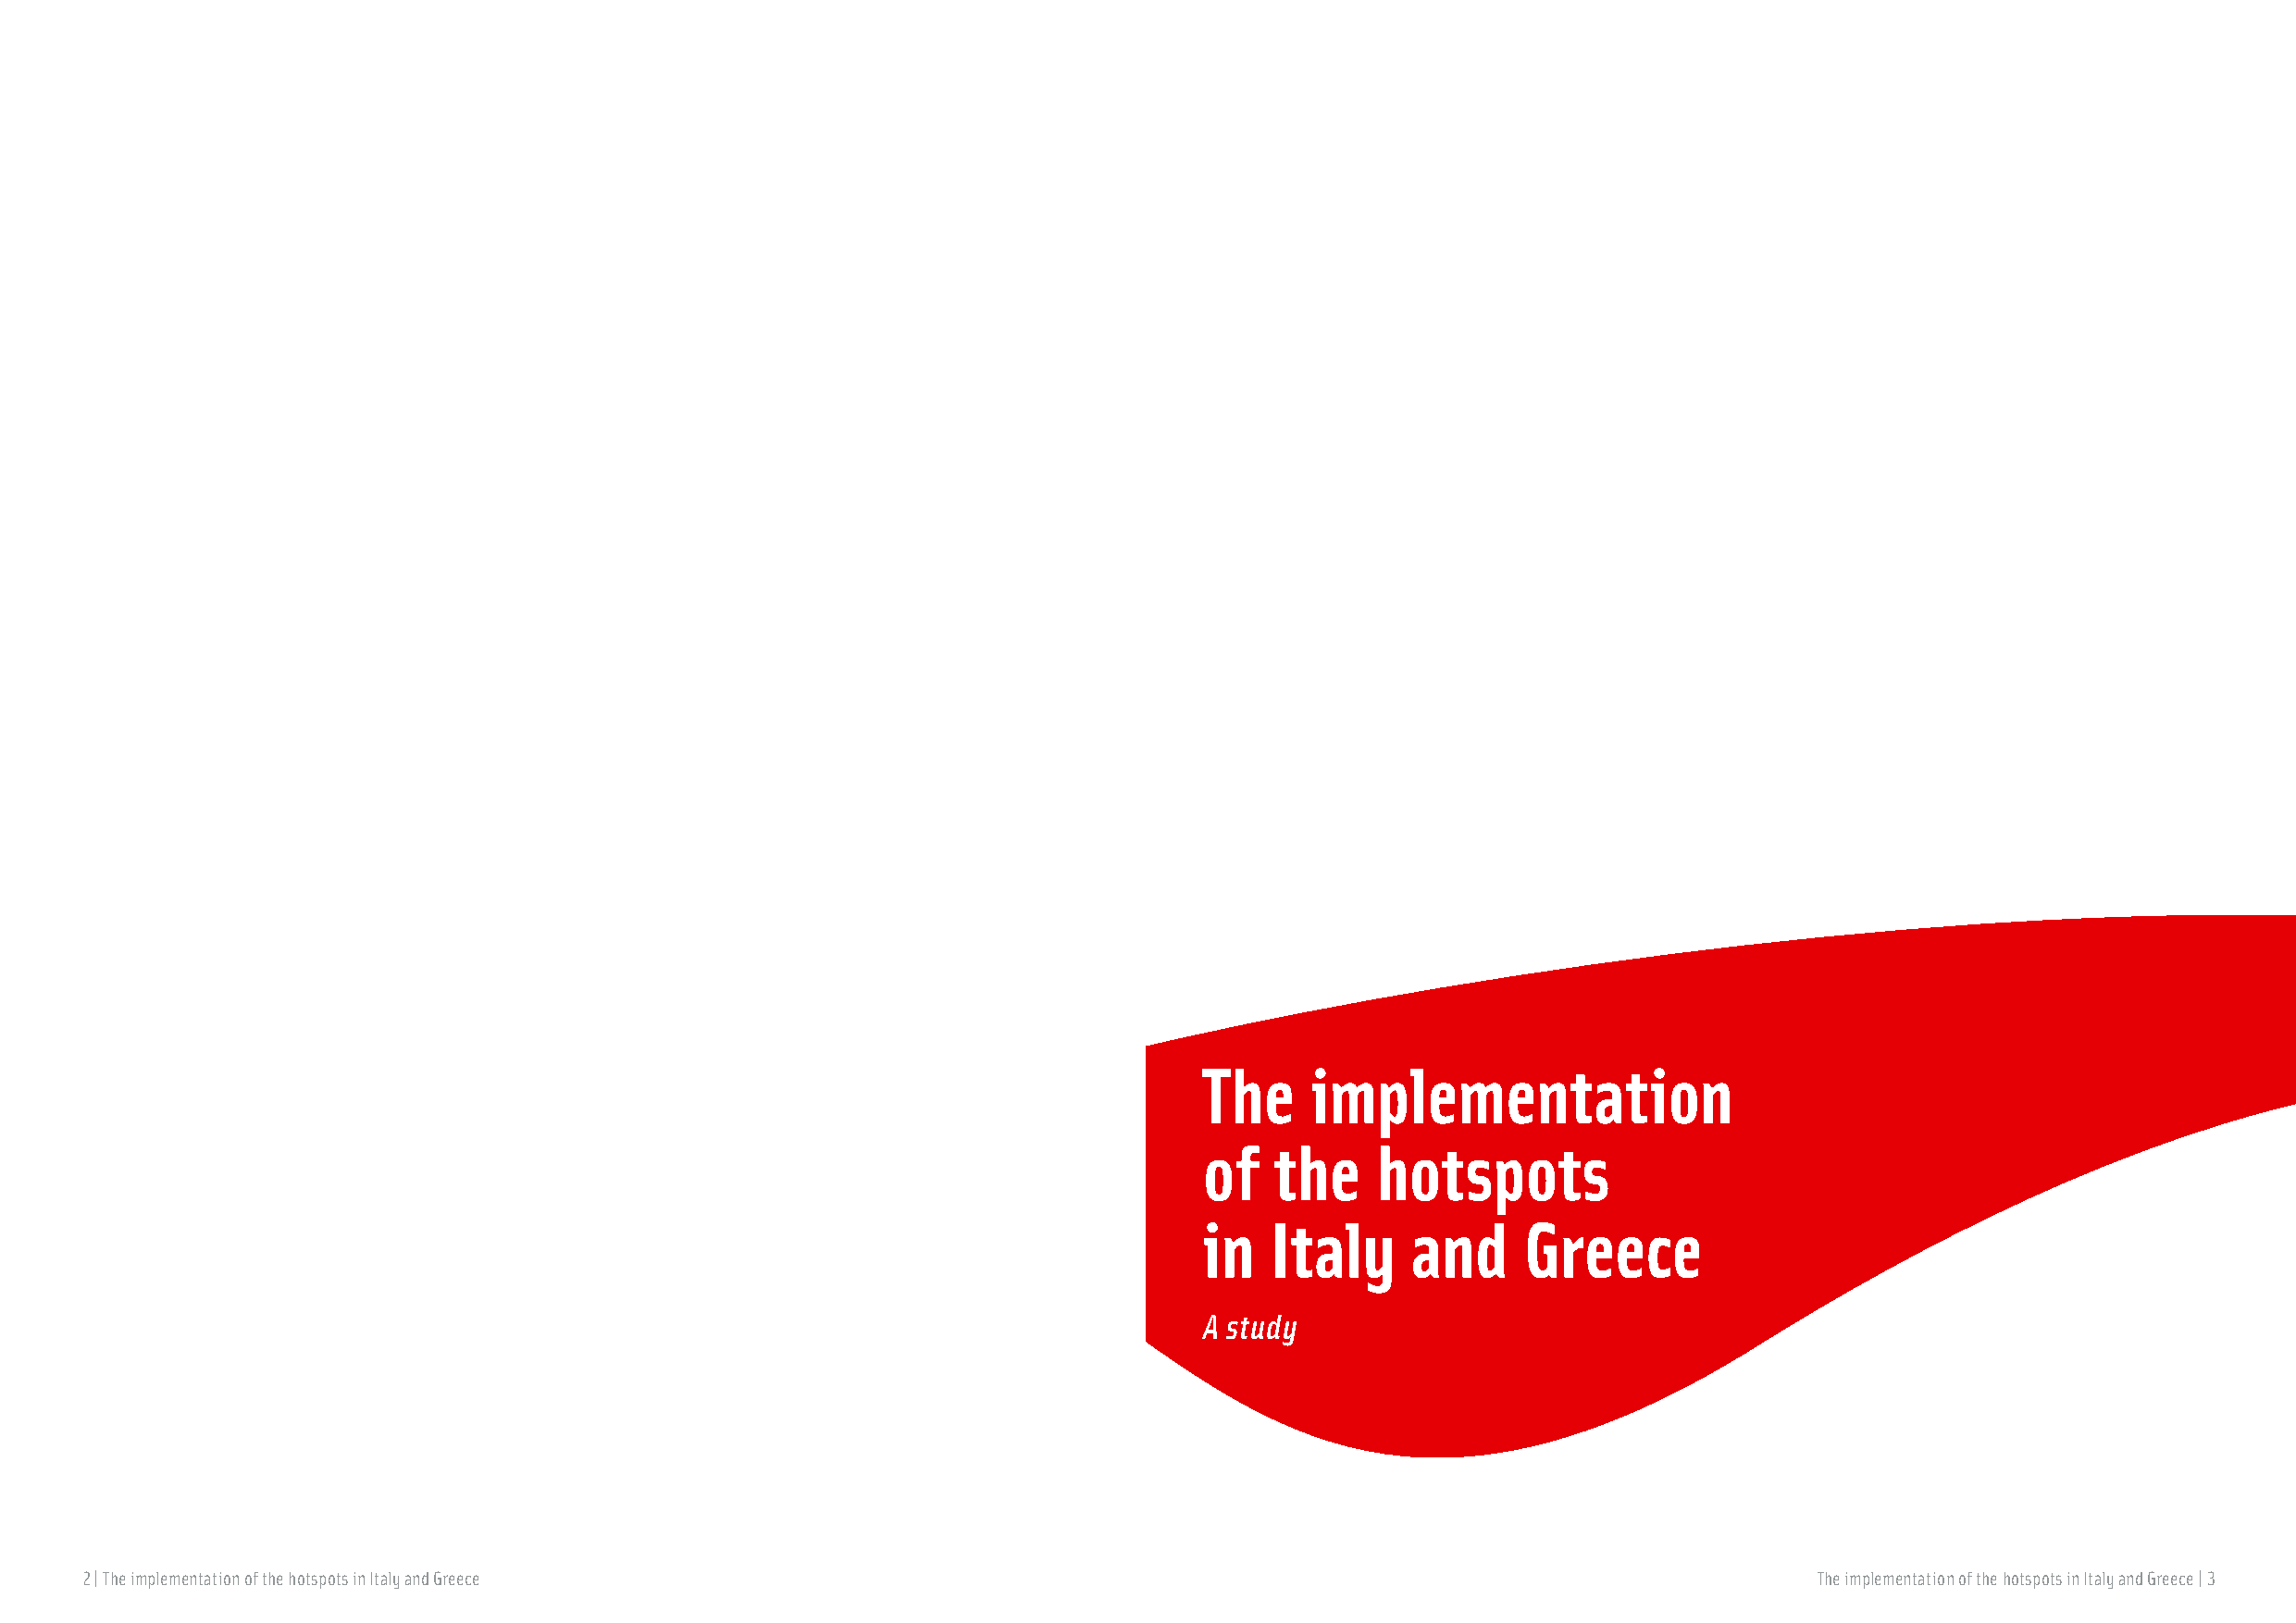
The     implementation
 of   the    hotspots
 in   Italy     and     Greece
 A study
 2 | The implementation of the hotspots in Italy and Greece                                                                  The implementation of the hotspots in Italy and Greece | 3